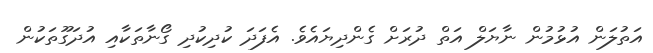
އަތުލަން އުޅުމުން ނާޔަލް އަތް ދުރަށް ގެންދިޔައެވެ. އެފަދަ ކުދިކުދި ގޯނާތަކާއި އުދަގޫތަކުން